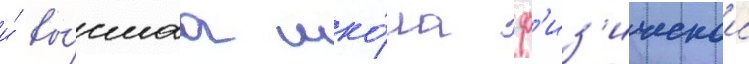
и́ вы́сшаа шко́ла ф'из'ическои